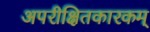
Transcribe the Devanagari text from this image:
अपरीक्षितकारकम्